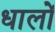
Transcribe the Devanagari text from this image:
धालों